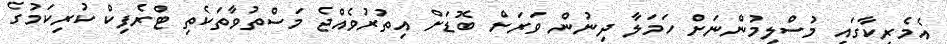
އެމެރިކާގައި މުސްލިމުންނަށް ހަމަލާ ދިނުން ވަރަށް ބޮޑަށް އިތުރުވެއްޖެ މަސްތުވާތަކެތި ޓްރެފިކް ކުރިކަމުގެ